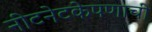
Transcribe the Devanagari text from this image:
नीटनेटकेपणाची